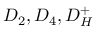
D _ { 2 } , D _ { 4 } , D _ { H } ^ { + }